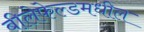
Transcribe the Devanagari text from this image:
बीलेफेल्डमधील